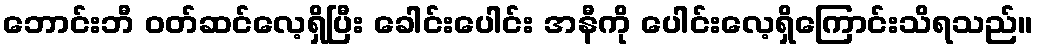
ဘောင်းဘီ ဝတ်ဆင်လေ့ရှိပြီး ခေါင်းပေါင်း အနီကို ပေါင်းလေ့ရှိကြောင်းသိရသည်။